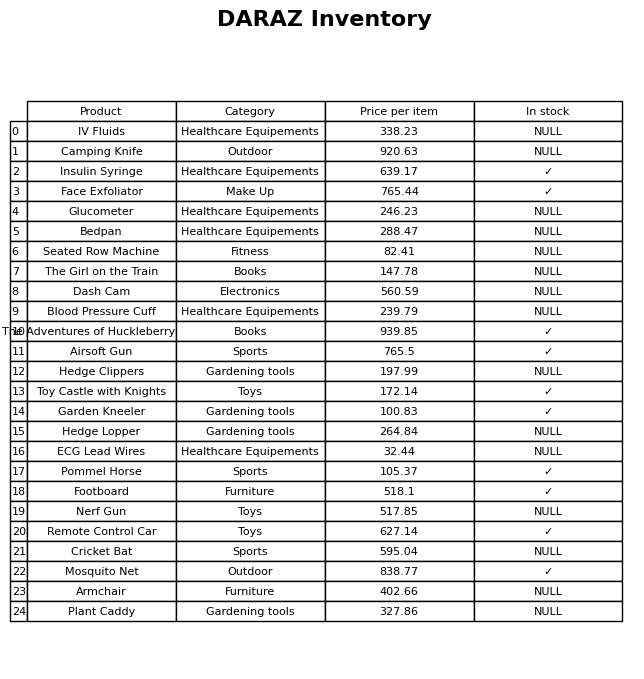
question: What is the price of the ECG Lead Wires?
answer: The price of ECG Lead Wires is 32.44.